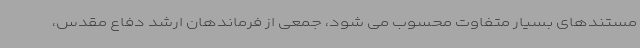
مستندهای بسیار متفاوت محسوب می شود، جمعی از فرماندهان ارشد دفاع مقدس،